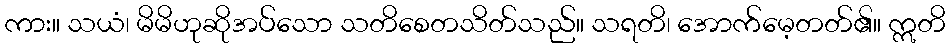
ကား။ သယံ၊ မိမိဟုဆိုအပ်သော သတိစေတသိတ်သည်။ သရတိ၊ အောက်မေ့တတ်၏။ ဣတိ